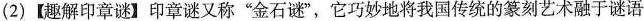
(2)【趣解印章谜】印章谜又称”金石谜”，它巧妙地将我国传统的篆刻艺术融于谜语